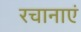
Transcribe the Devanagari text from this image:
रचानाएं